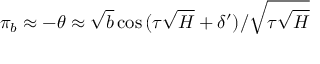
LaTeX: \pi _ { b } \approx - \theta \approx \sqrt { b } \cos { ( \tau \sqrt { H } + \delta ^ { \prime } ) } / \sqrt { \tau \sqrt { H } }